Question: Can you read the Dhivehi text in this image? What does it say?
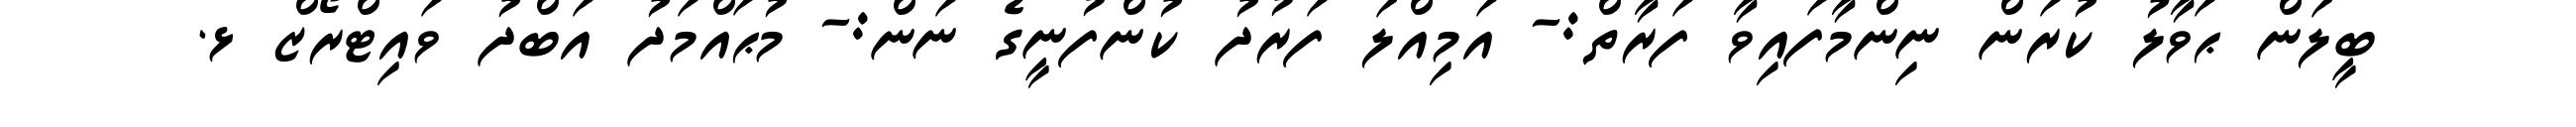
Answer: ބީލަން ޙަވާލު ކުރަން ނިންމާފައިވާ ފަރާތް:- އަމިއްލަ ފަރުދު ކުންފުނީގެ ނަން:- މުޙައްމަދު އަބްދު ވައިޓްރޯޒް ޅ.